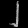
Digit: ၂